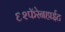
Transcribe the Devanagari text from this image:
६२फॅरेनहाईट